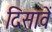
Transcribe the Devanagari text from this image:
दिसावें